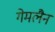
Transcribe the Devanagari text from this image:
गेमलैन